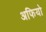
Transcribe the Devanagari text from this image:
अफियो